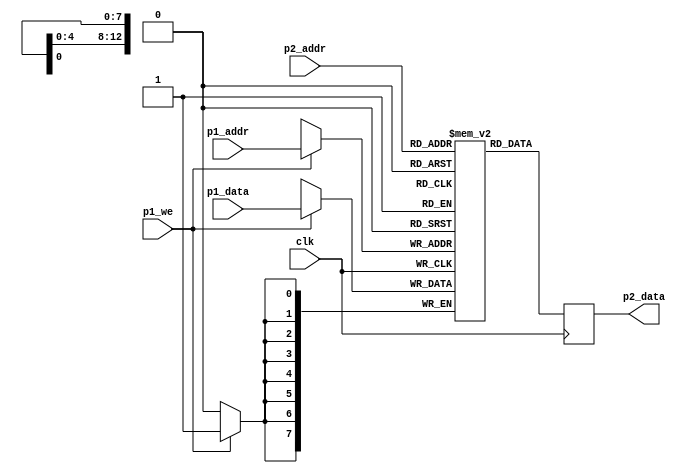
module vram(input clk,
	    
	    input [12:0]     p1_addr,
	    input [7:0]      p1_data,
	    input 	     p1_we,

	    input [12:0]     p2_addr,
	    output reg [7:0] p2_data);

   reg [7:0] 		 mem[0:(3*2048)-1];

   always @(posedge clk)
     begin
	if (p1_we) begin
	   mem[p1_addr] <= p1_data;
	end
	p2_data <= mem[p2_addr];
     end

endmodule